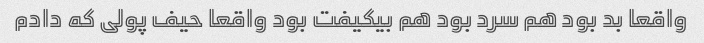
واقعا بد بود هم سرد بود هم بیکیفت بود واقعا حیف پولی که دادم